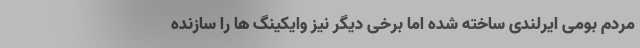
مردم بومی ایرلندی ساخته شده اما برخی دیگر نیز وایکینگ ها را سازنده